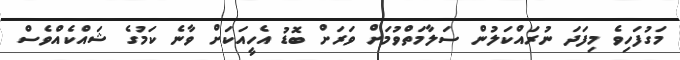
މަގުފަހިވެ މިފަދަ ނުރައްކަލުން ސަލާމަތްވުމަށް ވަރަށް ބޮޑު އެހީއަކަށް ވާނެ ކަމުގެ ޝައްކެއްވެސް